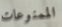
الممنوعات